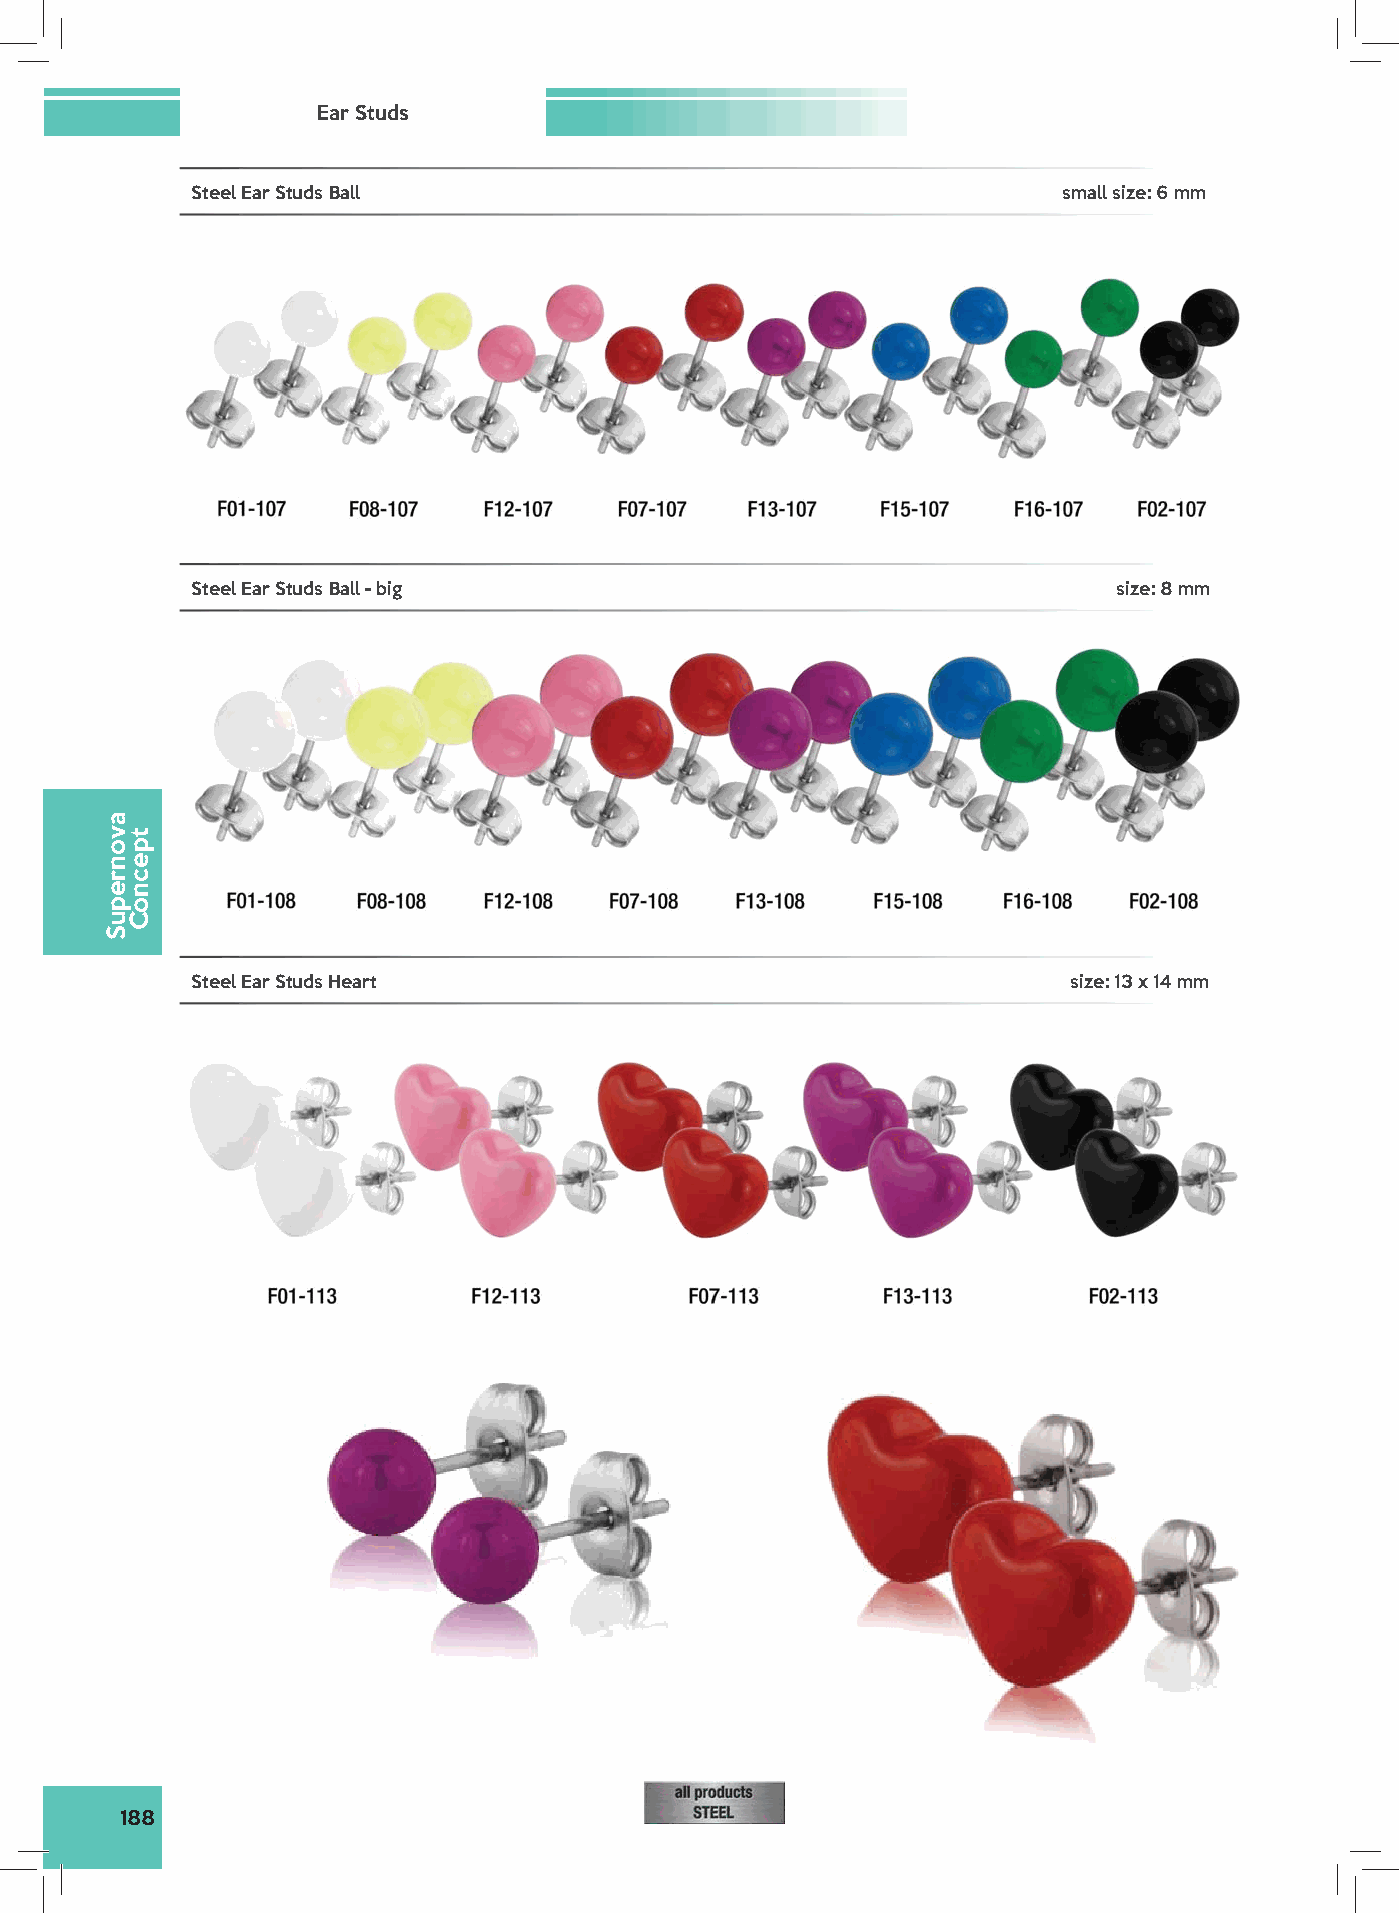
Ear Studs
 Steel Ear Studs Ball                                     small size: 6 mm
 Steel Ear Studs Ball - big                                   size: 8 mm
 Steel Ear Studs Heart                                     size: 13 x 14 mm
 188
 avonrepuS
 tpecnoC